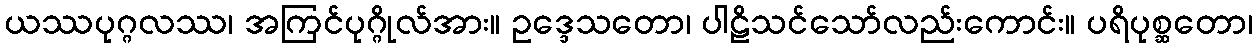
ယဿပုဂ္ဂလဿ၊ အကြင်ပုဂ္ဂိုလ်အား။ ဥဒ္ဒေသတော၊ ပါဠိသင်သော်လည်းကောင်း။ ပရိပုစ္ဆတော၊